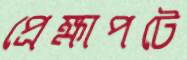
প্রেক্ষাপটে